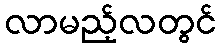
လာမည့်လတွင်